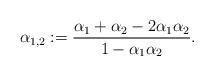
LaTeX: \begin{align*}\alpha_{1,2} := \frac{\alpha_1 + \alpha_2 - 2\alpha_1\alpha_2}{1-\alpha_1\alpha_2}.\end{align*}